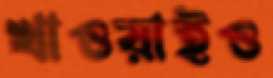
খাওয়াইও